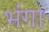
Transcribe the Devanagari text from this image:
भंगा